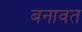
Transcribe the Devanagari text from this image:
बनावत